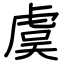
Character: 虞